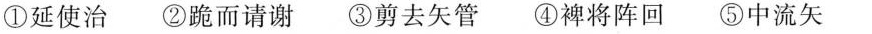
①延使治 ②跪而请谢 ③剪去矢管 ④裨将阵回 ⑤中流矢